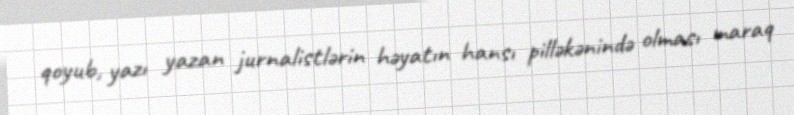
qoyub, yazı yazan jurnalistlərin həyatın hansı pilləkənində olması maraq